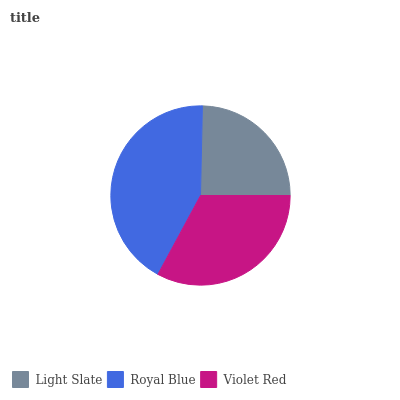
| Light Slate | Royal Blue | Violet Red |
 | --- | --- | --- |
 | 24.6% | 42.4% | 32.9% |